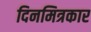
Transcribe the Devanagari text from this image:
दिनमित्रकार